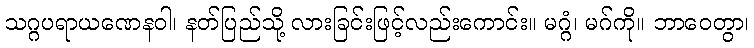
သဂ္ဂပရာယဏေနဝါ၊ နတ်ပြည်သို့ လားခြင်းဖြင့်လည်းကောင်း။ မဂ္ဂံ၊ မဂ်ကို။ ဘာဝေတွာ၊